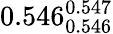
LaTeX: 0.546_{0.546}^{0.547}